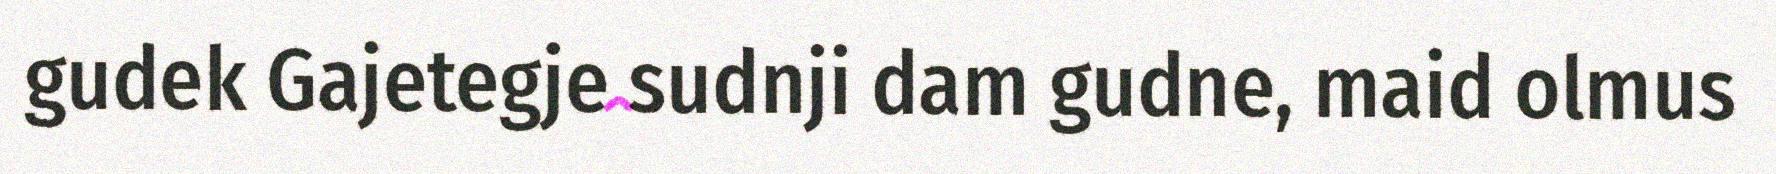
gudek Gajetegje sudnji dam gudne, maid olmus